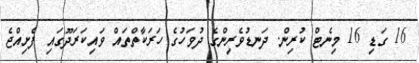
16 ގަޑި 16 މިނެޓް ކުރިން. ދަނޑުވެރިންގެ ދުވަހުގެ ހަރަކާތްތައް ވައިކަރަދޫގައި ފެށިއްޖެ